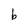
Character: b